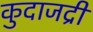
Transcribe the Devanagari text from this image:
कुदाजद्री